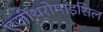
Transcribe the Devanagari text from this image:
एज़ीथ्रोमाइसिल